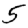
Digit: 5